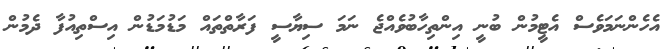
އެހެންނަމަވެސް އެޓީމުން ބުނީ އިންތިހާބުވެއްޖެ ނަމަ ސިޔާސީ ފަރާތްތައް މަޑުމަޑުން އިސްތިއުފާ ދެމުން